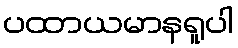
ပထာယမာနရူပါ